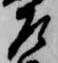
左